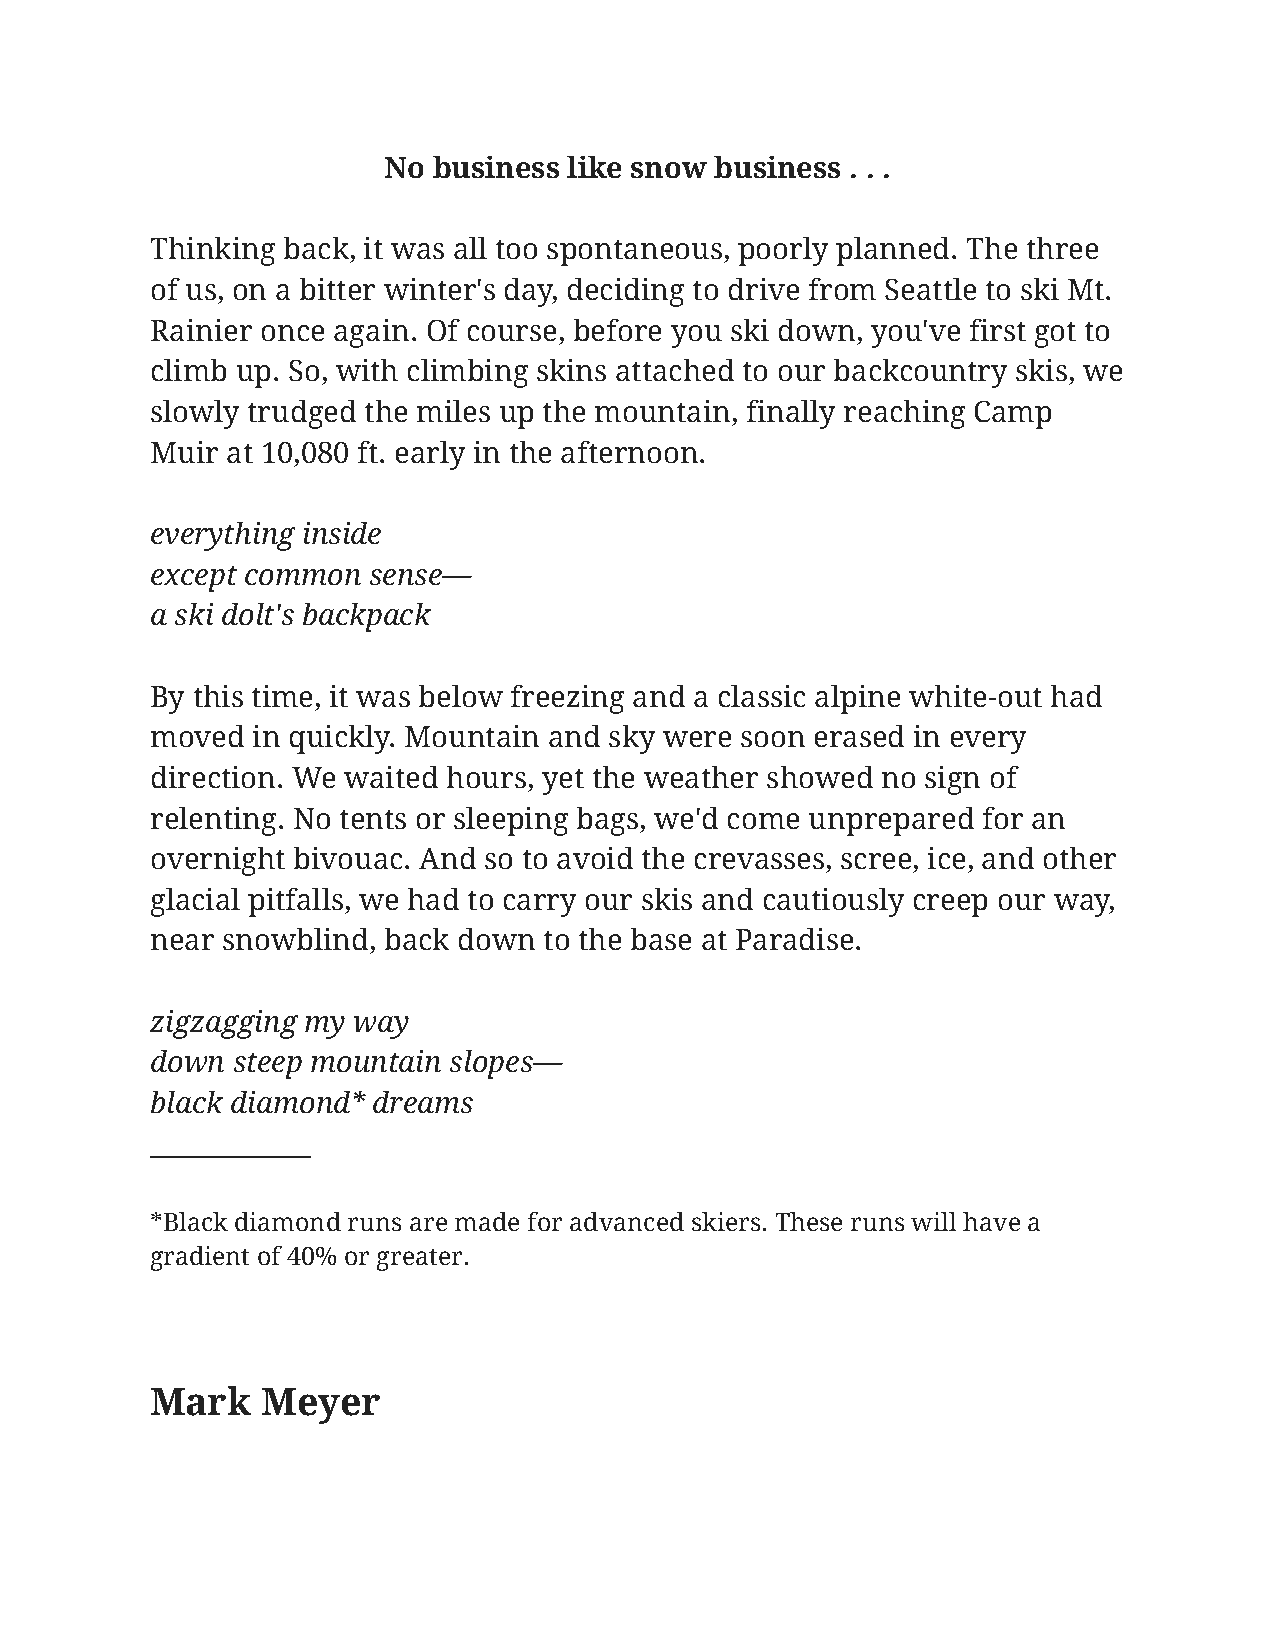
No  business like snow business . . .
 Thinking back, it was all too spontaneous, poorly planned. The three
 of us, on a bitter winter's day, deciding to drive from Seattle to ski Mt.
 Rainier once again. Of course, before you ski down, you've first got to
 climb up. So, with climbing skins attached to our backcountry skis, we
 slowly trudged the miles up the mountain, finally reaching Camp
 Muir at 10,080 ft. early in the afternoon.
 everything inside
 except common sense—
 a ski dolt's backpack
 By this time, it was below freezing and a classic alpine white-out had
 moved  in quickly. Mountain and sky were soon erased in every
 direction. We waited hours, yet the weather showed no sign of
 relenting. No tents or sleeping bags, we'd come unprepared for an
 overnight bivouac. And so to avoid the crevasses, scree, ice, and other
 glacial pitfalls, we had to carry our skis and cautiously creep our way,
 near snowblind, back down to the base at Paradise.
 zigzagging my way
 down steep mountain slopes—
 black diamond* dreams
 ____________
 *Black diamond runs are made for advanced skiers. These runs will have a
 gradient of 40% or greater.
 Mark   Meyer